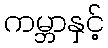
ကမ္ဘာနှင့်